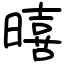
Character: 暿